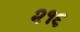
૨૧૬